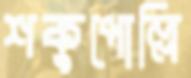
শকুপোল্লি